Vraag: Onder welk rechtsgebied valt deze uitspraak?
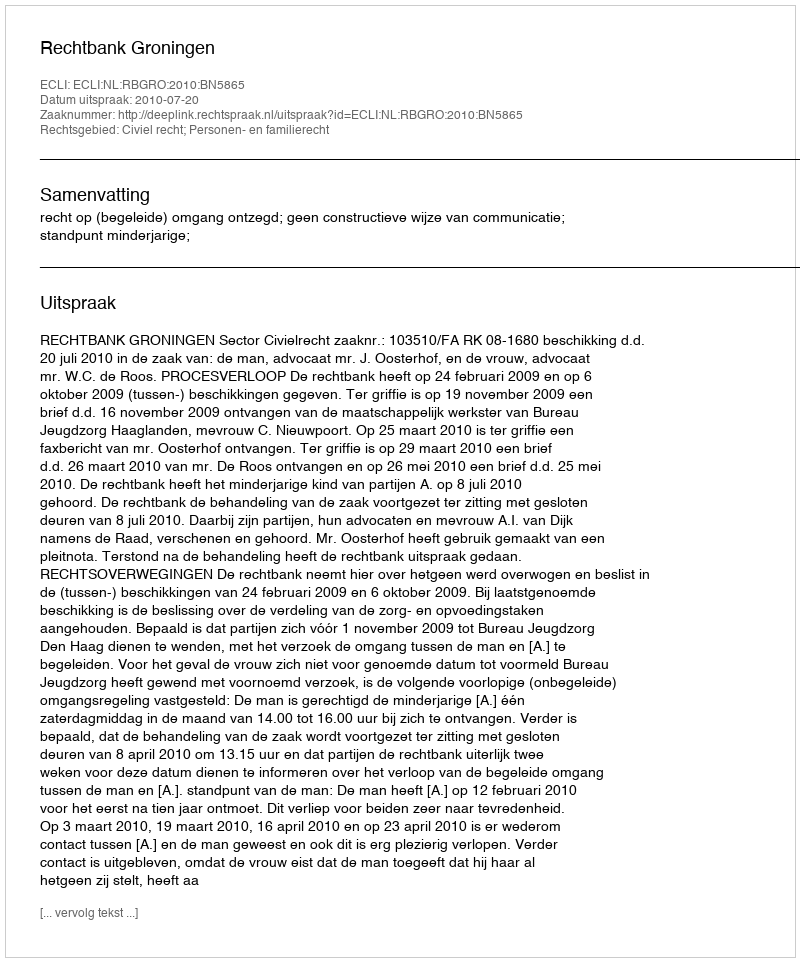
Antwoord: Civiel recht; Personen- en familierecht